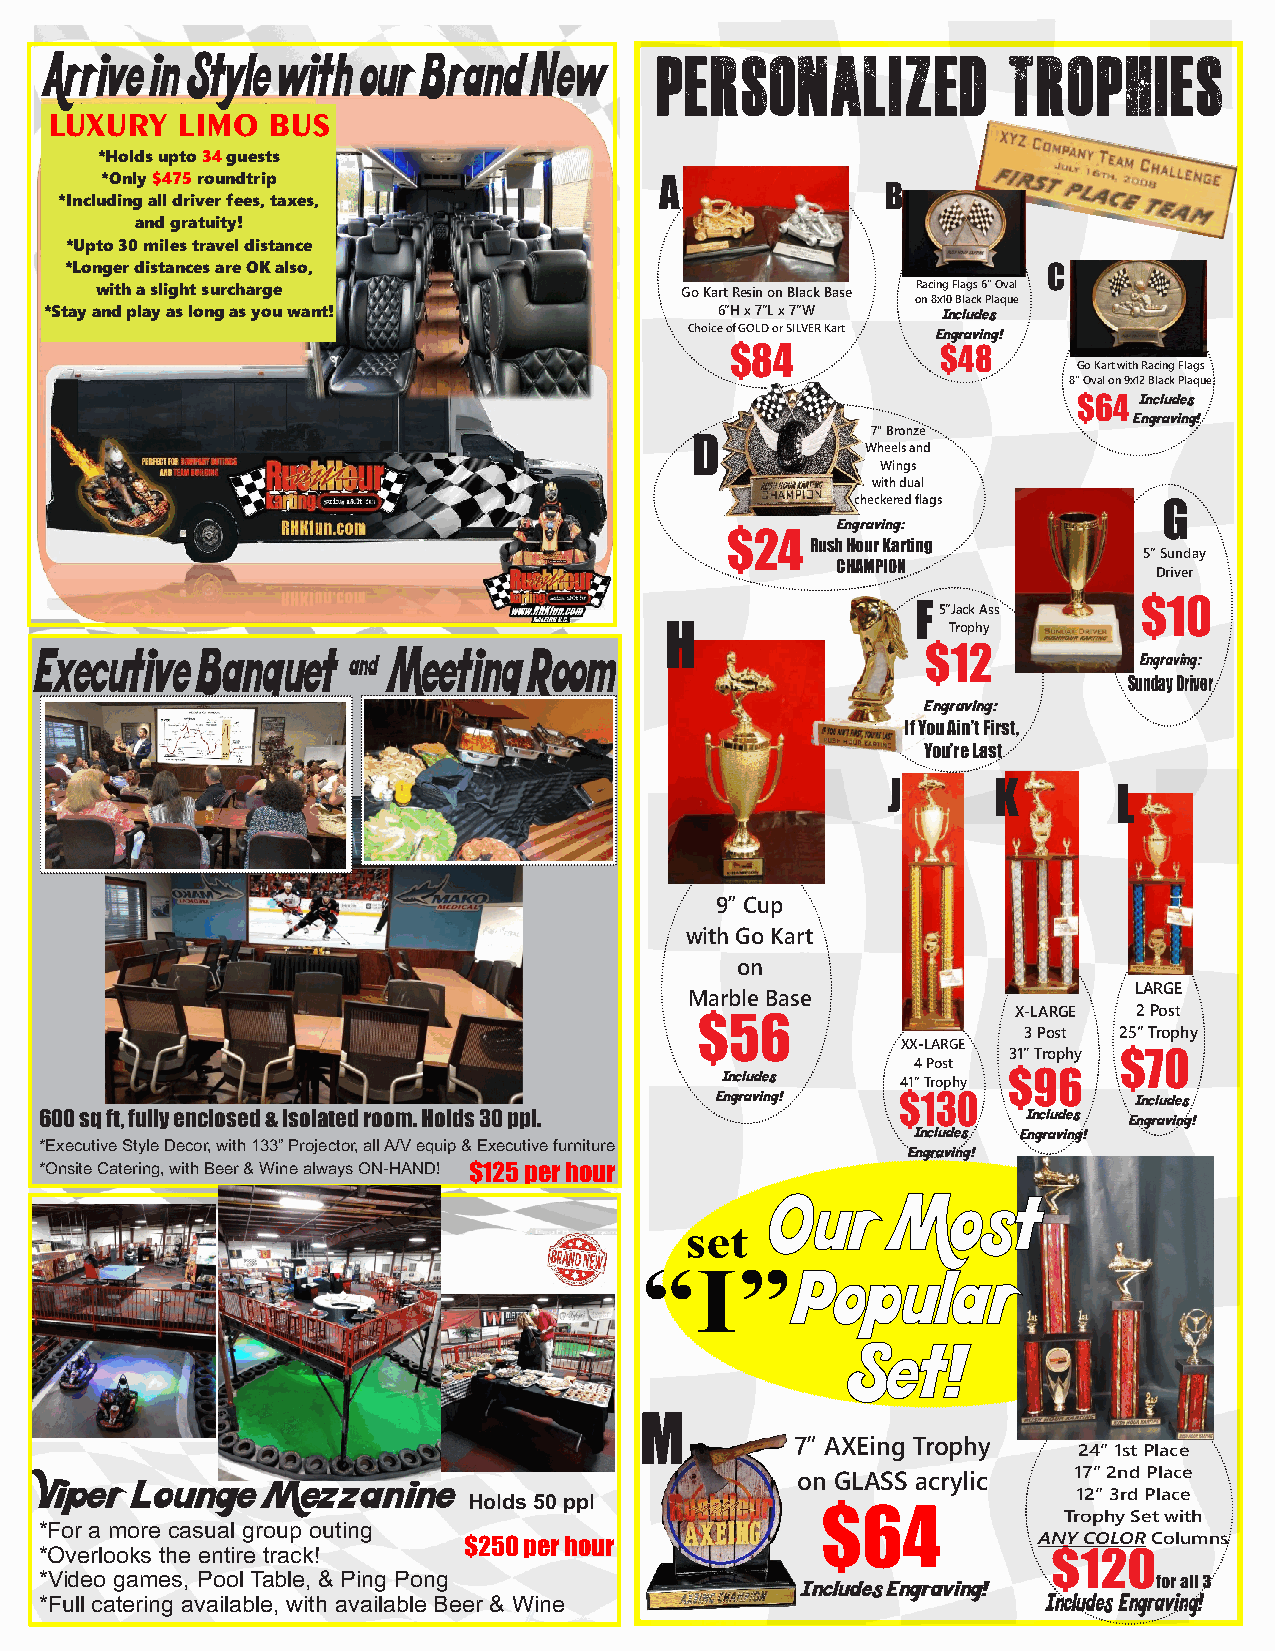
Arrive in Style with our Brand  New
 Personalized            Trophies
 LUXURY   LIMO  BUS
 *Holds upto 34 guests
 *Only $475 roundtrip                 A
 B
 *Including all driver fees, taxes,
 and gratuity!
 *Upto 30 miles travel distance
 *Longer distances are OK also,                                   C
 with a slight surcharge                Go Kart Resin on Black Base Racing Flags 6” Oval
 on 8x10 Black Plaque
 *Stay and play as long as you want!          6”H x 7”L x 7”W Includes
 Choice of GOLD or SILVER Kart Engraving!
 $84           $48
 Go Kart with Racing Flags
 8” Oval on 9x12 Black Plaque
 $64 Includes
 Engraving!
 D           7” Bronze
 Wheels and
 Wings
 with dual
 checkered flags     G
 Engraving:
 $24
 Rush Hour Karting
 5” Sunday
 CHAMPION
 Driver
 F              $10
 5”Jack Ass
 H
 Trophy
 Executive  Banquet   &  Meeting  Room                      $12
 Engraving:
 Sunday Driver
 Engraving:
 If You Ain’t First,
 You’re Last
 J      K       L
 9” Cup
 with Go Kart
 on
 LARGE
 Marble Base
 $56                  X-LARGE 2 Post
 3 Post 25” Trophy
 XX-LARGE 31” Trophy $70
 4 Post
 Includes           $96
 41” Trophy
 Engraving!   $130           Includes
 600 sq ft, fully enclosed & isolated room. Holds 30 ppl.         Includes Engraving!
 Includes Engraving!
 *Executive Style Decor, with 133” Projector, all A/V equip & Executive furniture Engraving!
 *Onsite Catering, with Beer & Wine always ON-HAND! $125 per hour
 Our     Most
 set
 “I”Popular
 Set!
 M
 7” AXEing Trophy
 24” 1st Place
 Viper Lounge   Mezzanine                          on GLASS acrylic  17” 2nd Place
 Holds 50 ppl           $64              12” 3rd Place
 Trophy Set with
 *For a more casual group outing
 $250 per hour                         ANY COLOR Columns
 *Overlooks the entire track!                                       $120
 *Video games, Pool Table, & Ping Pong             Includes Engraving!     for all 3
 Includes Engraving!
 *Full catering available, with available Beer & Wine